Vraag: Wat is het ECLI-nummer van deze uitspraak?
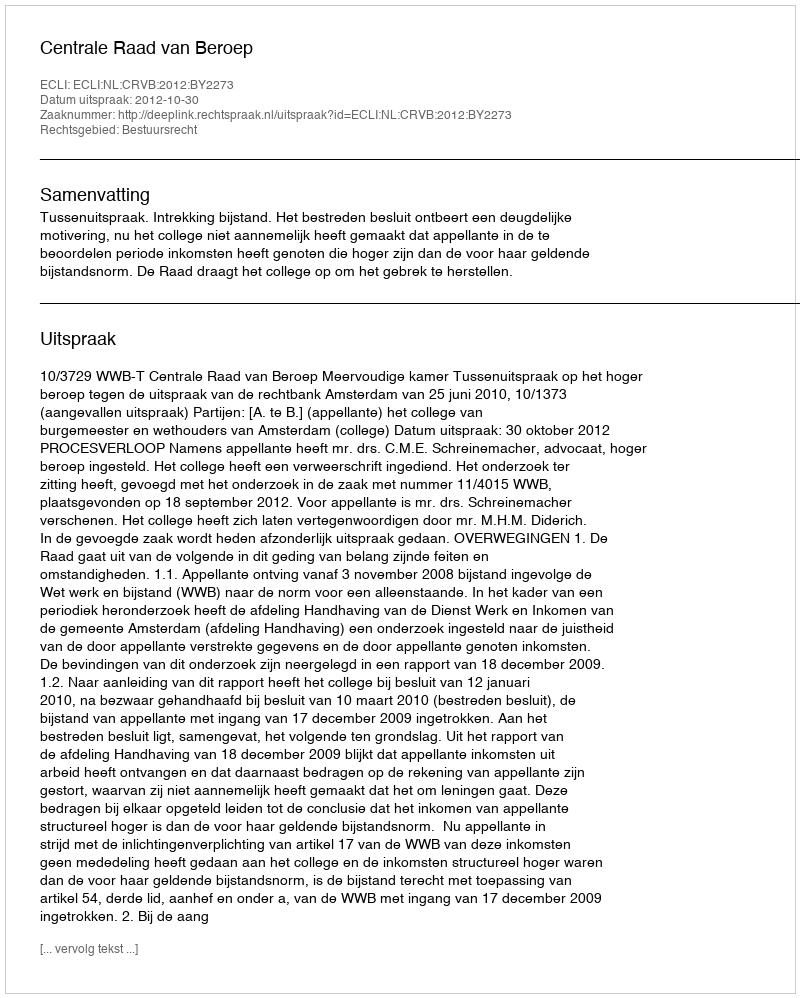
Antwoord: ECLI:NL:CRVB:2012:BY2273